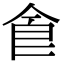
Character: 𠊊